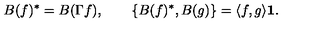
B ( f ) ^ { * } = B ( \Gamma f ) , \qquad \{ B ( f ) ^ { * } , B ( g ) \} = \langle f , g \rangle { \bf 1 } .